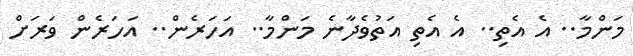
މަންމާ.. އެ އެތި.. އެ އެތި އަތުވެދާނެ މަންމާ.. އަހަރެން.. އަހަރެން ވަރަށް